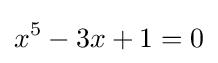
x^{5}-3x+1=0